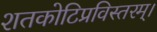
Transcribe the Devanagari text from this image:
शतकोटिप्रविस्तरम्‌।